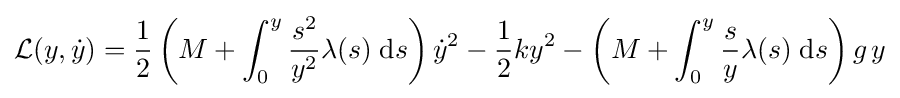
{\mathcal {L}}(y,{\dot {y}})={\frac {1}{2}}\left(M+\int _{0}^{y}{\frac {s^{2}}{y^{2}}}\lambda (s)\;\mathrm {d} s\right){\dot {y}}^{2}-{\frac {1}{2}}ky^{2}-\left(M+\int _{0}^{y}{\frac {s}{y}}\lambda (s)\;\mathrm {d} s\right)g\,y